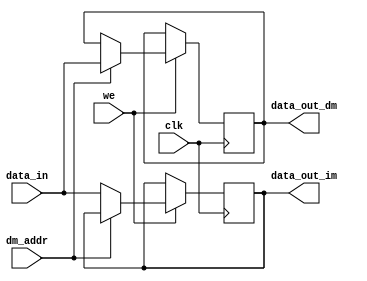
module address_reg#(parameter data_width = 16)
(input clk, 
input we, 
input dm_addr,
input [data_width-1:0] data_in, 
output reg[data_width-1:0] data_out_im, data_out_dm);
 
always @(posedge clk)
	begin 
		if(we==1)
			begin
                if(dm_addr)
                    begin
			        data_out_dm <= data_in;
                    end
                else
                    begin
                    data_out_im <= data_in;
                    end
			end
	end
endmodule